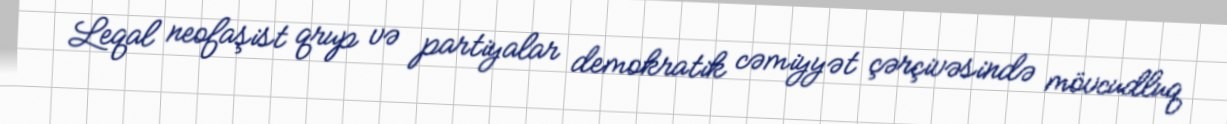
Leqal neofaşist qrup və partiyalar demokratik cəmiyyət çərçivəsində mövcudluq